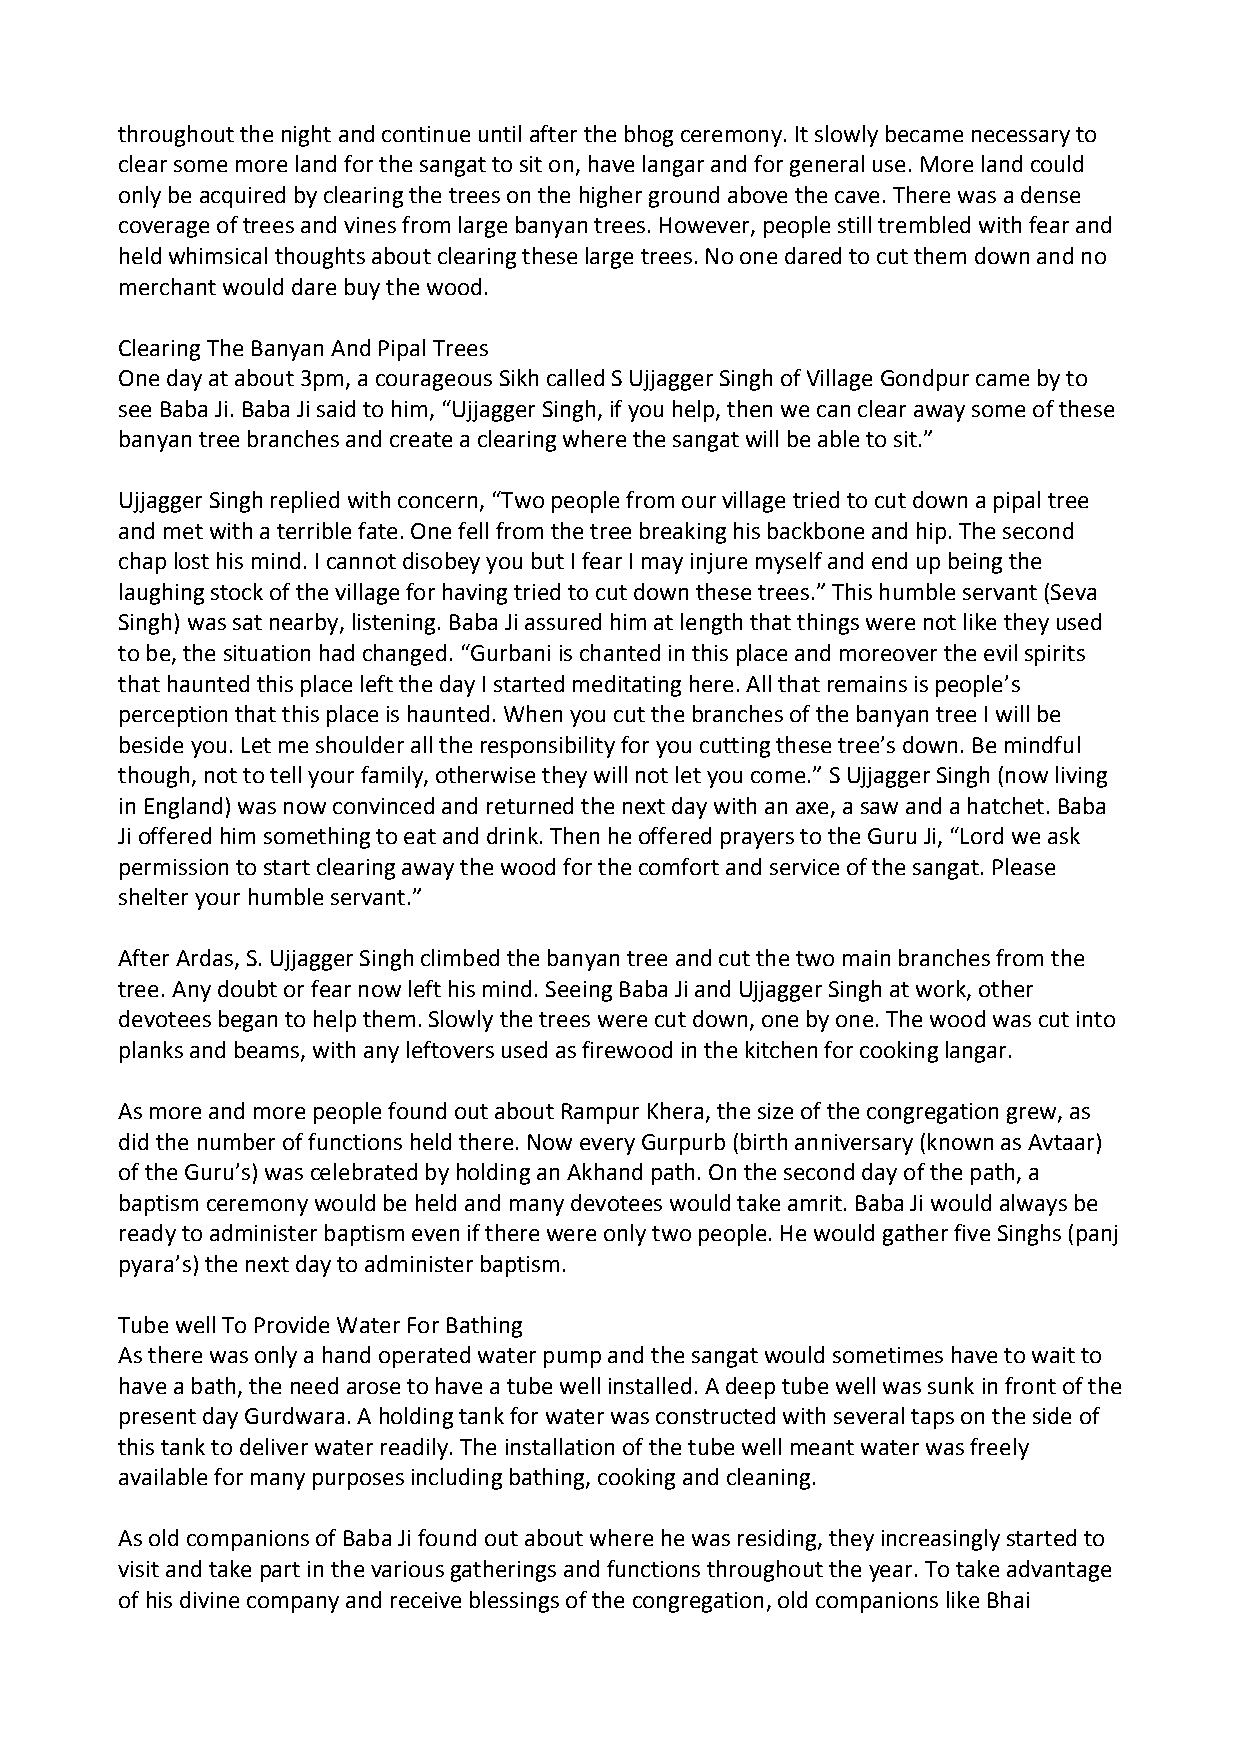
throughout the night and continue until after the bhog ceremony. It slowly became necessary to
 clear some more land for the sangat to sit on, have langar and for general use. More land could
 only be acquired by clearing the trees on the higher ground above the cave. There was a dense
 coverage of trees and vines from large banyan trees. However, people still trembled with fear and
 held whimsical thoughts about clearing these large trees. No one dared to cut them down and no
 merchant would dare buy the wood.
 Clearing The Banyan And Pipal Trees
 One day at about 3pm, a courageous Sikh called S Ujjagger Singh of Village Gondpur came by to
 see Baba Ji. Baba Ji said to him, “Ujjagger Singh, if you help, then we can clear away some of these
 banyan tree branches and create a clearing where the sangat will be able to sit.”
 Ujjagger Singh replied with concern, “Two people from our village tried to cut down a pipal tree
 and met with a terrible fate. One fell from the tree breaking his backbone and hip. The second
 chap lost his mind. I cannot disobey you but I fear I may injure myself and end up being the
 laughing stock of the village for having tried to cut down these trees.” This humble servant (Seva
 Singh) was sat nearby, listening. Baba Ji assured him at length that things were not like they used
 to be, the situation had changed. “Gurbani is chanted in this place and moreover the evil spirits
 that haunted this place left the day I started meditating here. All that remains is people’s
 perception that this place is haunted. When you cut the branches of the banyan tree I will be
 beside you. Let me shoulder all the responsibility for you cutting these tree’s down. Be mindful
 though, not to tell your family, otherwise they will not let you come.” S Ujjagger Singh (now living
 in England) was now convinced and returned the next day with an axe, a saw and a hatchet. Baba
 Ji offered him something to eat and drink. Then he offered prayers to the Guru Ji, “Lord we ask
 permission to start clearing away the wood for the comfort and service of the sangat. Please
 shelter your humble servant.”
 After Ardas, S. Ujjagger Singh climbed the banyan tree and cut the two main branches from the
 tree. Any doubt or fear now left his mind. Seeing Baba Ji and Ujjagger Singh at work, other
 devotees began to help them. Slowly the trees were cut down, one by one. The wood was cut into
 planks and beams, with any leftovers used as firewood in the kitchen for cooking langar.
 As more and more people found out about Rampur Khera, the size of the congregation grew, as
 did the number of functions held there. Now every Gurpurb (birth anniversary (known as Avtaar)
 of the Guru’s) was celebrated by holding an Akhand path. On the second day of the path, a
 baptism ceremony would be held and many devotees would take amrit. Baba Ji would always be
 ready to administer baptism even if there were only two people. He would gather five Singhs (panj
 pyara’s) the next day to administer baptism.
 Tube well To Provide Water For Bathing
 As there was only a hand operated water pump and the sangat would sometimes have to wait to
 have a bath, the need arose to have a tube well installed. A deep tube well was sunk in front of the
 present day Gurdwara. A holding tank for water was constructed with several taps on the side of
 this tank to deliver water readily. The installation of the tube well meant water was freely
 available for many purposes including bathing, cooking and cleaning.
 As old companions of Baba Ji found out about where he was residing, they increasingly started to
 visit and take part in the various gatherings and functions throughout the year. To take advantage
 of his divine company and receive blessings of the congregation, old companions like Bhai